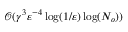
\mathcal { O } ( { \gamma } ^ { 3 } \varepsilon ^ { - 4 } \log ( 1 / \varepsilon ) \log ( N _ { o } ) )